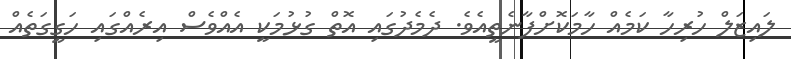
ލައިޒަލް ހުރިހާ ކަމެއް ހާމަކޮށްފާނެތީއެވެ. ދެމެދުގައި އޮތް ގުޅުމަކީ އެއްވެސް އިރެއްގައި ހަގީގަތެއް